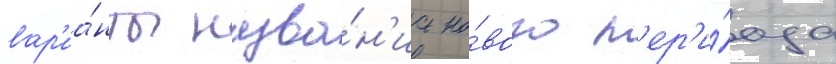
вар'иа́нты назва́н'иа но́вого п'ер'и́ода